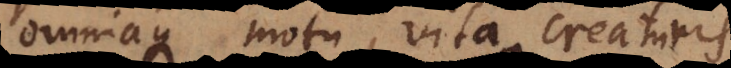
omniaque motu, vita creaturis